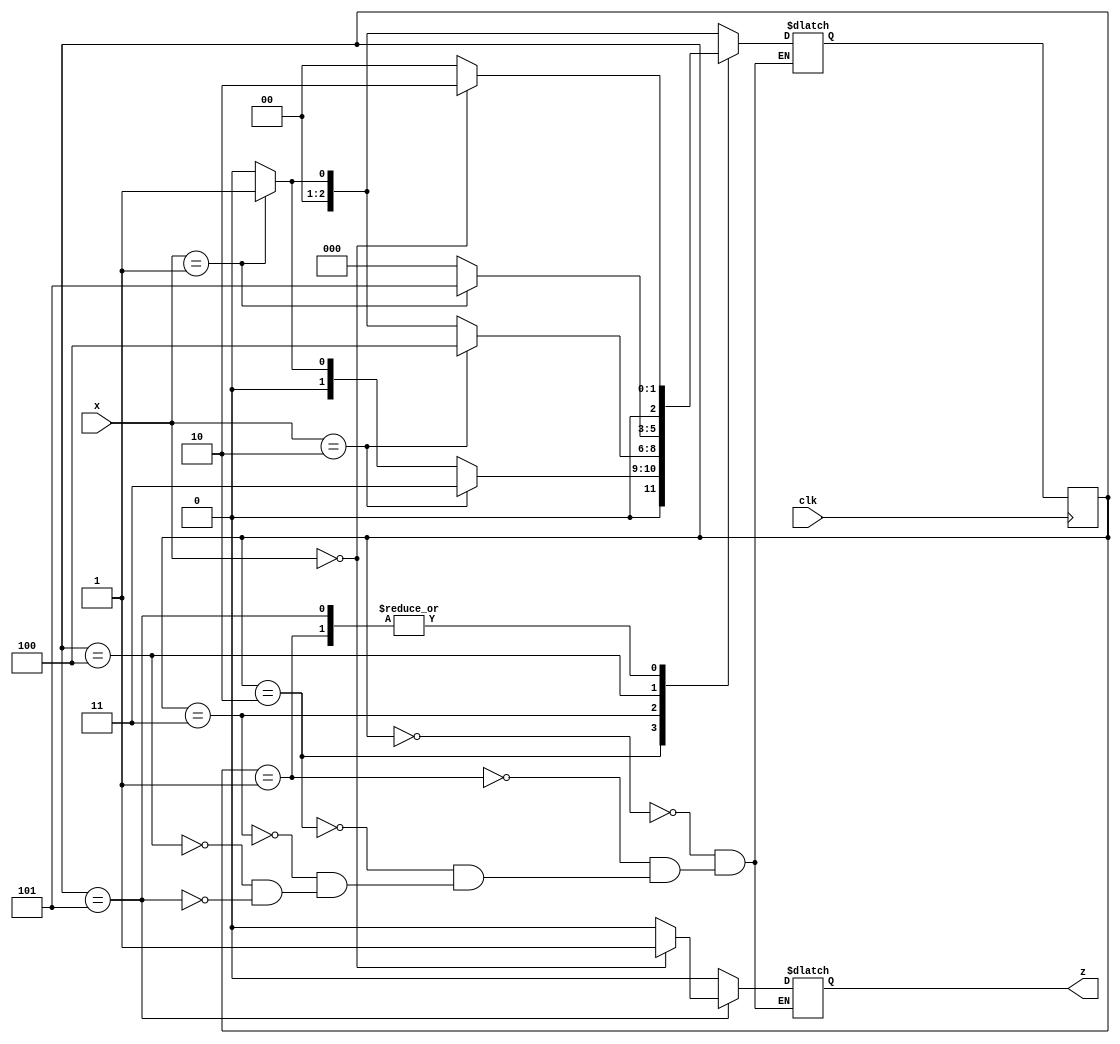
module fsm(z,x,clk);
output reg  z;
input [3:0]x;
input clk;
parameter s0=3'b000;
parameter s1=3'b001;
parameter s2=3'b010;
parameter s3=3'b011;
parameter s4=3'b100;
parameter s5=3'b101;
reg [2:0]PS,NS;
always @(posedge clk)
begin
 PS <= NS;
end
always @(PS or x)
begin
 case(PS)
   s0:begin
       z=0;
       if(x==4'b0001)
         NS = s1;
       else
         NS = s0;
      end
   s1:begin
       z=0;
       if(x==4'b0000)
         NS =s2;
       else
         NS =s0;
      end
   s2:begin
       z=0;
       if (x==4'b0010)
         NS=s3;
       else if (x==4'b0001)
         NS=s1;
       else
         NS=s0;
      end
   s3:begin
       z=0;
       if (x==4'b0010)
         NS=s4;
       else if (x==4'b0001)
         NS=s1;
       else
         NS=s0;
      end
   s4:begin
       z=0;
       if(x==4'b0001)
         NS =s5;
       else
         NS =s0;
      end
   s5:begin
       
       if(x==4'b0000)
         begin
          z=1;
          NS =s2;
         end
       else
         begin
          z=0;
          NS =s0;
         end
      end
 endcase
end
endmodule